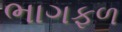
ભાગફળ